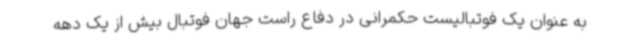
به عنوان یک فوتبالیست حکمرانی در دفاع راست جهان فوتبال بیش از یک دهه